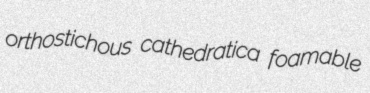
orthostichous cathedratica foamable